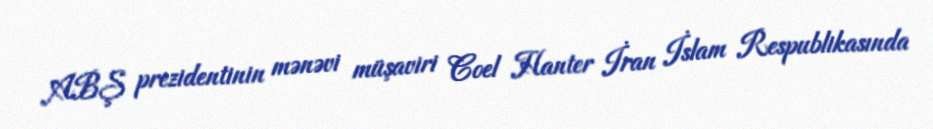
ABŞ prezidentinin mənəvi müşaviri Coel Hanter İran İslam Respublikasında